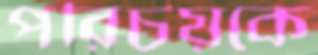
পরিচয়কে